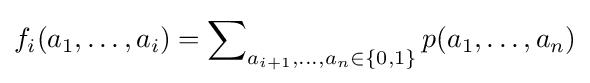
f_{i}(a_{1},\dots ,a_{i})=\sum \nolimits _{a_{i+1},\dots ,a_{n}\in \{0,1\}}p(a_{1},\dots ,a_{n})